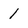
Character: 1